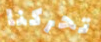
تحركنا